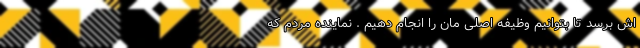
اش برسد تا بتوانیم وظیفه اصلی مان را انجام دهیم . نماینده مردم که